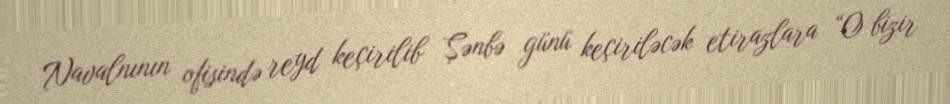
Navalnının ofisində reyd keçirilib Şənbə günü keçiriləcək etirazlara “O bizir